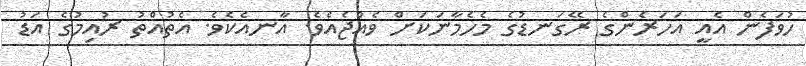
ހުވަފެން އެއީ އަހަރެންގެ ރޭގަނޑުގެ މެހެމާނަކަށް ވެއްޖެއެވެ. އާނއެކެވެ. އެތުއްތު ރުއިމުގެ އަޑު